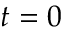
t = 0